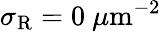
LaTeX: \sigma_{\mathrm{R}}=0~\mu\mathrm{m^{-2}}